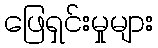
ဖြေရှင်းမှုများ